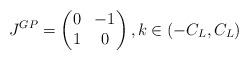
LaTeX: \begin{align*} J^{GP}=\begin{pmatrix}0 & -1 \\ 1 & 0 \end{pmatrix}, k\in(-C_L,C_L)\end{align*}